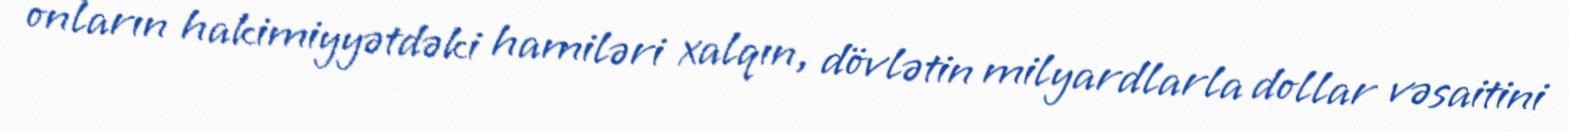
onların hakimiyyətdəki hamiləri xalqın, dövlətin milyardlarla dollar vəsaitini